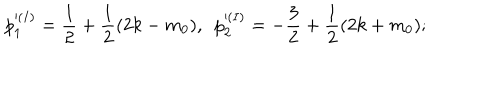
p _ { 1 } ^ { ( I ) } = \frac { 1 } { 2 } + \frac { 1 } { 2 } ( 2 k - m _ { 0 } ) , ~ ~ p _ { 2 } ^ { ( I ) } = - \frac { 3 } { 2 } + \frac { 1 } { 2 } ( 2 k + m _ { 0 } ) ;